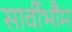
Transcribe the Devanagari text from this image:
सार्वीभौम